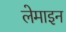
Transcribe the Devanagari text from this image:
लेमाइन